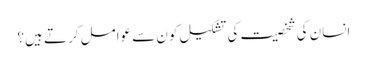
انسان کی شخصیت کی تشکیل کون سے عوامل کرتے ہیں؟